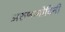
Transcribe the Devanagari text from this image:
अरुणामोदिनी